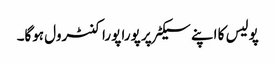
پولیس کا اپنے سیکٹر پر پورا پورا کنٹرول ہوگا۔